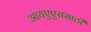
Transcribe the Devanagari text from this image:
आयएएससाठी